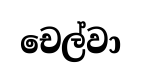
චෙල්වා